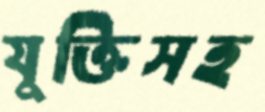
যুক্তিসহ